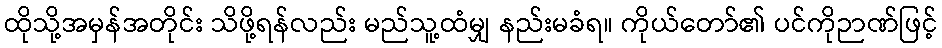
ထိုသို့အမှန်အတိုင်း သိဖို့ရန်လည်း မည်သူ့ထံမျှ နည်းမခံရ။ ကိုယ်တော်၏ ပင်ကိုဉာဏ်ဖြင့်